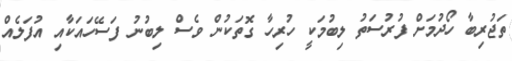
ތަޖުރިބާ ހޯދުމަށް ފުރުސަތު ލިބުމަކީ ހުރިހާ ގޮތަކުން ވެސް ލިބުނު ފަސޭހައަކާއި އުފަލެއް